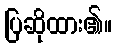
ပြဆိုထား၏။